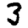
Digit: 3